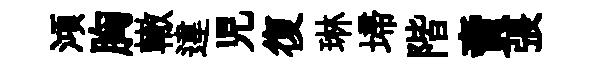
澒胸轍違児復琳埽階賣張